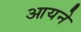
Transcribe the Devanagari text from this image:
आयने